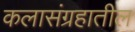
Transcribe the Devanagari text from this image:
कलासंग्रहातील